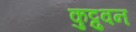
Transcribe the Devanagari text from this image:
कुट्टुवन